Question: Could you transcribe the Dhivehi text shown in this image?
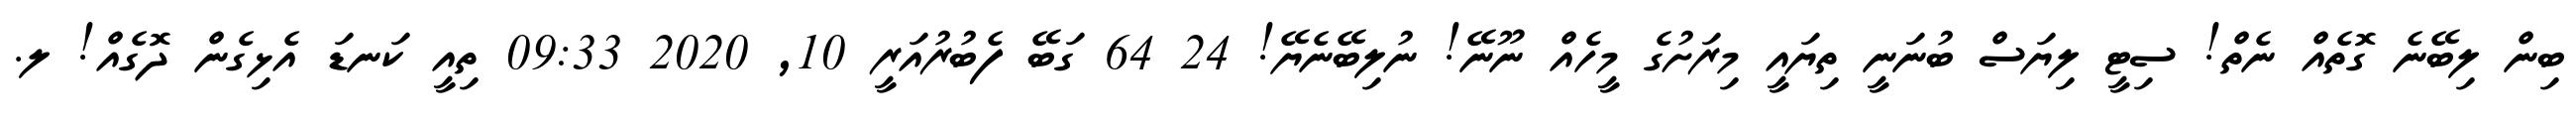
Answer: ބިން ލިބޭނެ ގޮތެއް ނެތް! ސިޓީ ލިޔަސް ބުނަނީ ތިޔައީ މިރަށުގެ މީހެއް ނޫނޭ! ނުލިބޭނެޔޭ! 24 64 ގަބޭ ފެބުރުއަރީ 10, 2020 09:33 ތިއީ ކަނޑަ އެޅިގެން ދޮގެއް! ލ.